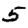
Digit: 5